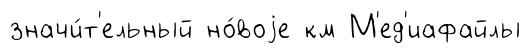
значи́т'ельный но́воjе км М'ед'иафайлы